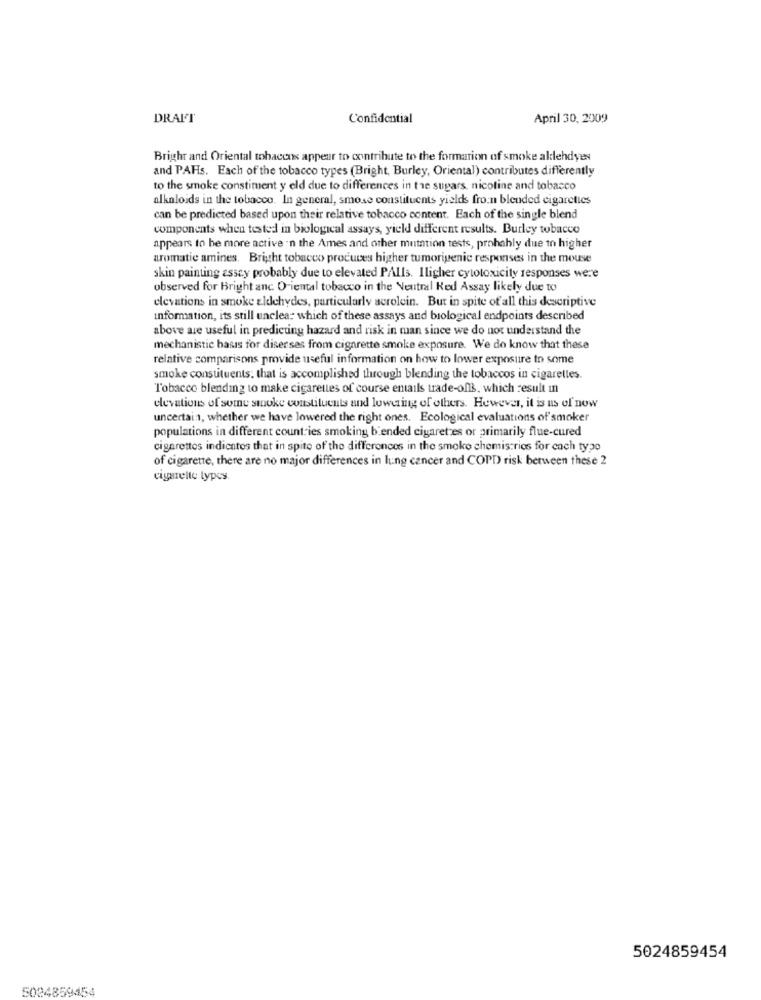
DRAFT
Confidential
April 30, 2009
Brighr and Oriental tobaccos appear to contribute to the formation of smoke allehdyes
and PAHs. Each of the tobacco types (Bright, Burley, Oriental) contributes differently
to the smoke constiment y eld due to differences in the sugars, nicotine and tobacco
alkaloids in the tobacco. In general, smose constituents yields fron blended cigarettes
can be predicted based upon their relative tobacco content. Each of the single blend
components when tested in biological assays, yield different results. Burley tobacco
appears to be more active in the Ames and other mutation tests, probably due to higher
aromatic amines. Bright tobacco produces higher tumoripenic responses in the mouse
skin painting assey probably due to elevated PAIls. Iligher cytotoxicity responses were
observed for Bright anc Oriental tobacco in the Neutral Ked Assay likely due to
elevations in smoke aldehydes, particularly acrolein. But in spite of all this descriptive
information, its still unclear which of these assays and biological endpoints described
above are useful in predicting hazard and risk in man since we do not understand the
mechanistic basis for diserses from cigarette smoke exposure. We do know that these
relative comparisons provide useful information on how to lower exposure to some
smoke constituents. that is accomplished through blending the tobaccos in cigarettes.
Tobacco blending to make cigarettes of course entails trade-offs, which result In
elevations of some stoke constituents and lowering of others. However, it is as of now
uncertain, whether we have lowered the right ones. Ecological evaluations of smoker
populations in different countries smoking b'ended cigaret es or primarily flue-cured
cigarettes indientos that in spite of the differences in the smoke chemistrios for each type
of cigarette, there are no major differences in lung cancer and COPD risk between these 2
cigarette types.
5024859454
5024859454